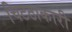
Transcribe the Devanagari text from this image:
चिटठाकारी